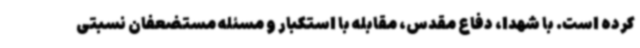
کرده است. با شهدا، دفاع مقدس، مقابله با استکبار و مسئله مستضعفان نسبتی